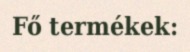
Fő termékek: